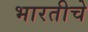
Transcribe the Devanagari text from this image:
भारतीचे